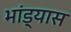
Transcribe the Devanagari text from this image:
भांड्यास